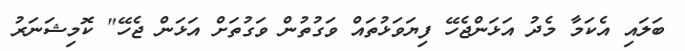
ބަލައި އެކަމާ މެދު އަޅަންޖެހޭ ފިޔަވަޅުތައް ވަގުތުން ވަގުތަށް އަޅަން ޖެހޭ" ކޮމިޝަނަރު